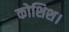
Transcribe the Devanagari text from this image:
कोशिश।